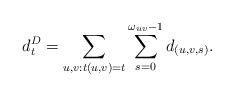
LaTeX: \begin{align*}d^D_t = \sum_{u,v : t(u,v) = t} \sum_{s = 0}^{\omega_{uv}-1} d_{(u,v,s)}.\end{align*}